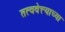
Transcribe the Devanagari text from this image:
तत्ववेत्त्याच्या